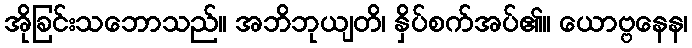
အိုခြင်းသဘောသည်။ အဘိဘုယျတိ၊ နှိပ်စက်အပ်၏။ ယောဗ္ဗနေန၊